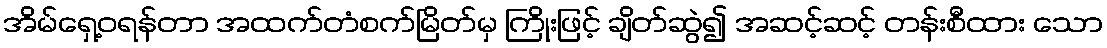
အိမ်ရှေ့ဝရန်တာ အထက်တံစက်မြိတ်မှ ကြိုးဖြင့် ချိတ်ဆွဲ၍ အဆင့်ဆင့် တန်းစီထား သော